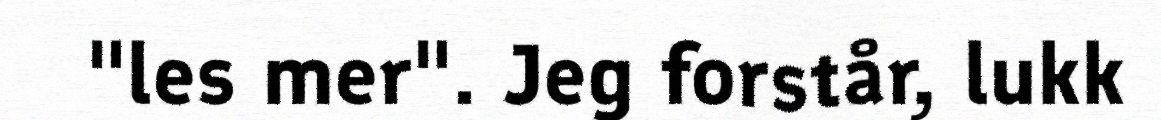
"les mer". Jeg forstår, lukk